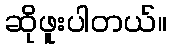
ဆိုဖူးပါတယ်။